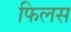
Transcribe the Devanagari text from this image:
फिलस